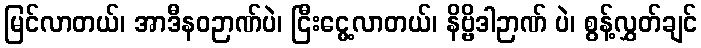
မြင်လာတယ်၊ အာဒီနဝဉာဏ်ပဲ၊ ငြီးငွေ့လာတယ်၊ နိဗ္ဗိဒါဉာဏ် ပဲ၊ စွန့်လွှတ်ချင်